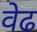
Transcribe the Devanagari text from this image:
वेढ